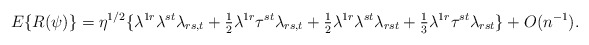
\begin{align*}E\{R(\psi)\}=\eta^{1/2}\{\lambda^{1r}\lambda^{st}\lambda_{rs,t}+{\textstyle{1\over 2}}\lambda^{1r}\tau^{st}\lambda_{rs,t}+{\textstyle{1\over 2}}\lambda^{1r}\lambda^{st}\lambda_{rst}+{\textstyle{1\over 3}}\lambda^{1r}\tau^{st}\lambda_{rst}\}+O(n^{-1}).\end{align*}